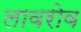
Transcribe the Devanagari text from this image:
लावरोव